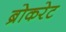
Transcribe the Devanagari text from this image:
ब्रोकरेट